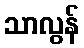
သာလွန်